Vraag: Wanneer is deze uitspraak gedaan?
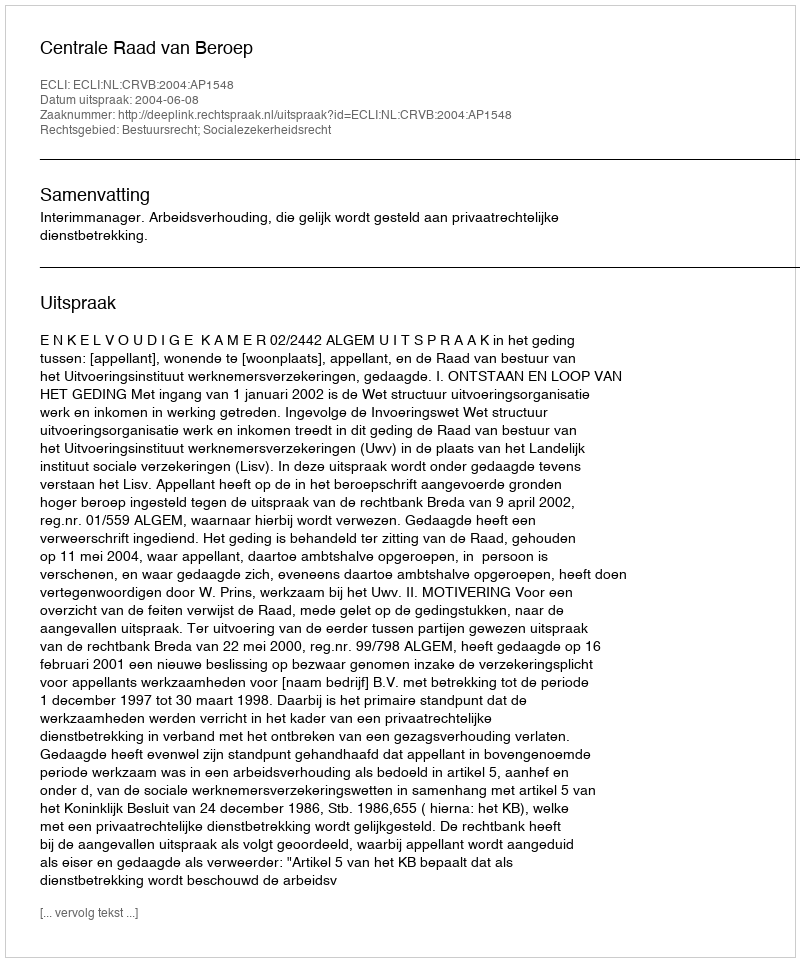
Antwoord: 2004-06-08